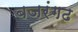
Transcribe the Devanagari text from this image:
बजरंगढ